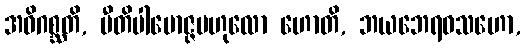
အဓိဂစ္ဆတိ, ပီတိပါမောဇ္ဇဗဟုလော ဟောတိ, ဘယဘေရဝသဟော,